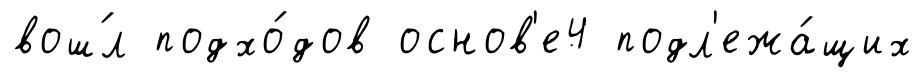
вош́л подхо́дов основ'е4 подл'ежа́щих